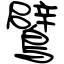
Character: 鷿